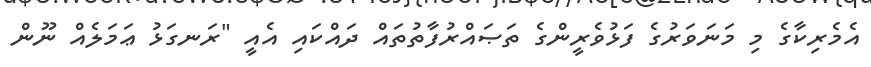
އެމެރިކާގެ މި މަނަވަރުގެ ފަޅުވެރީންގެ ތަޞައްރުފާތުތައް ދައްކައި އެއީ "ރަނގަޅު ޢަމަލެއް ނޫން